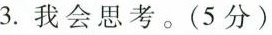
3.我会思考。(5分)